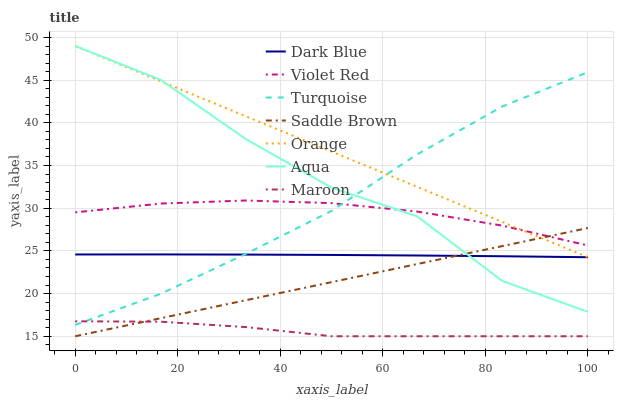
| xaxis_label | Dark Blue | Violet Red | Turquoise | Saddle Brown | Orange | Aqua | Maroon |
 | --- | --- | --- | --- | --- | --- | --- | --- |
 | 0 | 24.6 | 29.5 | 16.3 | 15 | 49 | 49 | 16.8 |
 | 16.7 | 24.6 | 30.5 | 20 | 17.1 | 44.9 | 45 | 16.7 |
 | 33.3 | 24.6 | 30.9 | 24.7 | 19.2 | 40.8 | 38.1 | 16.1 |
 | 50 | 24.5 | 30.6 | 29.7 | 21.3 | 36.6 | 32.4 | 15 |
 | 66.7 | 24.5 | 29.6 | 36.3 | 23.5 | 32.5 | 29.1 | 15 |
 | 83.3 | 24.4 | 28 | 41.9 | 25.6 | 28.4 | 21.5 | 15 |
 | 100 | 24.3 | 25.6 | 45.9 | 27.7 | 24.3 | 17.9 | 15 |